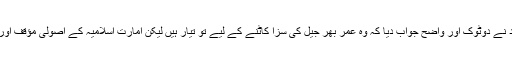
ان تمام حربوں اور دباؤ کے باوجود ملا برادر اخوند نے دوٹوک اور واضح جواب دیا کہ وہ عمر بھر جیل کی سزا کاٹنے کے لیے تو تیار ہیں لیکن امارتِ اسلامیہ کے اصولی مؤقف اور اعلیٰ دینی اقدار پر کوئی سمجھوتا نہیں کریں گے۔